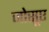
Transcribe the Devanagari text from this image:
जोसूए